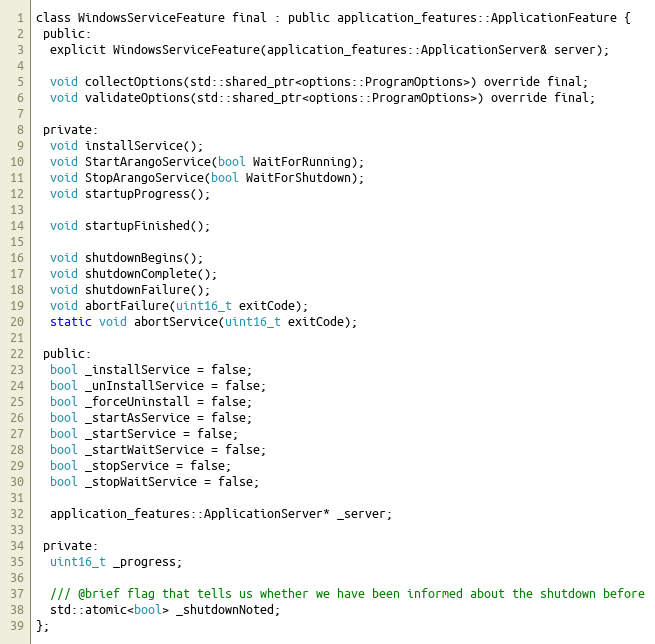
Language: C
class WindowsServiceFeature final : public application_features::ApplicationFeature {
 public:
  explicit WindowsServiceFeature(application_features::ApplicationServer& server);

  void collectOptions(std::shared_ptr<options::ProgramOptions>) override final;
  void validateOptions(std::shared_ptr<options::ProgramOptions>) override final;

 private:
  void installService();
  void StartArangoService(bool WaitForRunning);
  void StopArangoService(bool WaitForShutdown);
  void startupProgress();

  void startupFinished();

  void shutdownBegins();
  void shutdownComplete();
  void shutdownFailure();
  void abortFailure(uint16_t exitCode);
  static void abortService(uint16_t exitCode);

 public:
  bool _installService = false;
  bool _unInstallService = false;
  bool _forceUninstall = false;
  bool _startAsService = false;
  bool _startService = false;
  bool _startWaitService = false;
  bool _stopService = false;
  bool _stopWaitService = false;

  application_features::ApplicationServer* _server;

 private:
  uint16_t _progress;

  /// @brief flag that tells us whether we have been informed about the shutdown before
  std::atomic<bool> _shutdownNoted;
};